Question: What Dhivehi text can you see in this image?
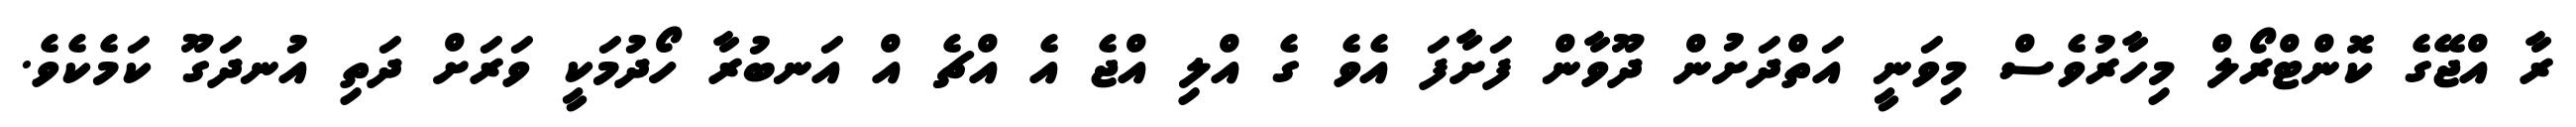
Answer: ރާ އްޖޭގެ ކޮންޓްރޯލް މިހާރުވެސް މިވަނީ އަތްދަށުން ދޫވާން ފަށާފަ އެވެ ގެ އްލި އްޖެ އެ އްޗެ އް އަނބުރާ ހޯދުމަކީ ވަރަށް ދަތި އުނދަގޫ ކަމެކެވެ.